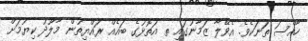
ހާއްސަ ތަނަކެވެ. އެވޭލާ ޒަމާނުގައި ތ އަތޮޅުގެ ބައެއް ރައްޔިތުން މާލޫދު ކިޔުމަށް